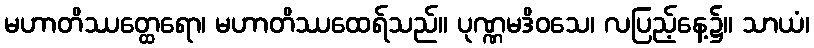
မဟာတိဿတ္ထေရော၊ မဟာတိဿထေရ်သည်။ ပုဏ္ဏမဒိဝသေ၊ လပြည့်နေ့၌။ သာယံ၊